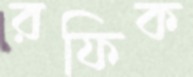
রফিক